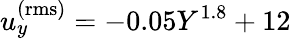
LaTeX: u_{y}^{\mathrm{(rms)}}=-0.05Y^{1.8}+12